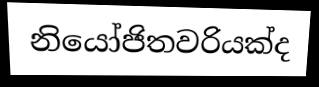
නියෝජිතවරියක්ද